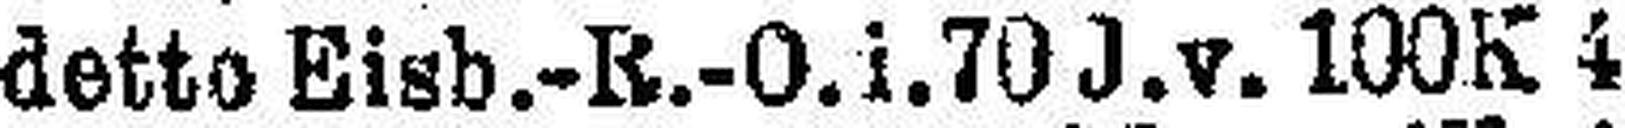
detto Eisb.-R.-O. i. 70 J. v. 100K 4